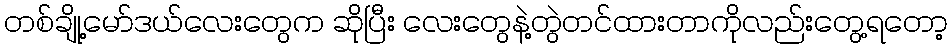
တစ်ချို့မော်ဒယ်လေးတွေက ဆိုပြီး လေးတွေနဲ့တွဲတင်ထားတာကိုလည်းတွေ့ရတော့